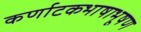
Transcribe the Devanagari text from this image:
कर्णाटकभाषाभूषण